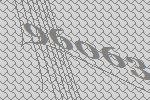
96063